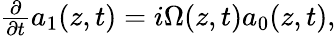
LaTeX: \begin{array}{r}{\frac{\partial}{\partial t}a_{1}(z,t)=i\Omega(z,t)a_{0}(z,t),}\end{array}